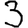
Digit: 3